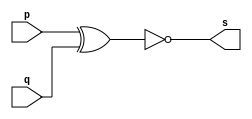
//--------------------
// Exercicio 3
// Nome: Bernardo Augusto Godinho de Oliveira
//--------------------
module gate ( output s, 
                           input  p, 
                           input  q);
assign s =  ~(p^q);
endmodule // gate



module testgate;

   reg   a, b; // definir registradores
wire  s;    // definir conexao (fio)

   gate AND1 (s, a, b);

   initial begin:start
                   // atribuicao simultanea
// dos valores iniciais
      a=0; b=0;
   end
	   initial begin

         
         $display("\na & b = s\n");
           a=0; b=0;
  #1   $display("%b & %b = %b", a, b, s);
           a=0; b=1;
  #1  $display("%b & %b = %b", a, b, s);
           a=1; b=0;
  #1   $display("%b & %b = %b", a, b, s);
           a=1; b=1;
  #1   $display("%b & %b = %b", a, b, s);
  end
endmodule // testgate